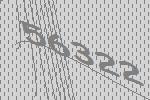
56322